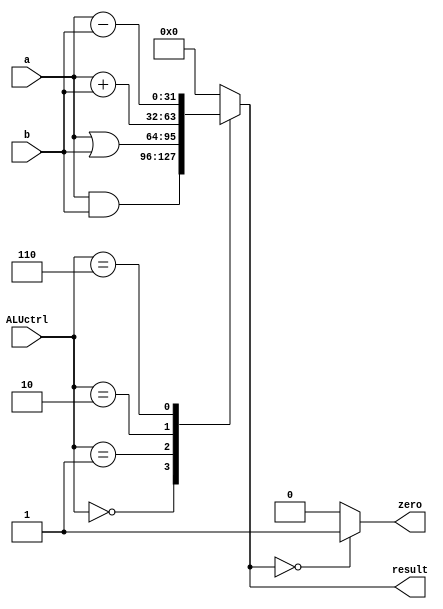
`timescale 1ns / 1ps
//////////////////////////////////////////////////////////////////////////////////
// Company: 
// Engineer: 
// 
// Design Name: 
// Module Name: ALU
// Project Name: 
// Target Devices: 
// Tool Versions: 
// Description: 
// 
// Dependencies: 
// 
// Revision:
// Revision 0.01 - File Created
// Additional Comments:
// 
//////////////////////////////////////////////////////////////////////////////////


module ALU(
    input [31:0] a,
    input [31:0] b,
    input [3:0] ALUctrl,
    output zero,
    output reg [31:0] result

);
    always @(*) begin
        case (ALUctrl)
            4'b0000: result = a & b;
            4'b0001: result = a | b;
            4'b0010: result = a + b;
            4'b0110: result = a - b;
            default: result = 32'b0;
        endcase

    end
    assign zero = (result == 32'b0)? 1'b1: 1'b0;
endmodule